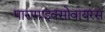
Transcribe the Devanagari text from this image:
पारामाइक्सोवायरस